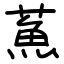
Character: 䔡